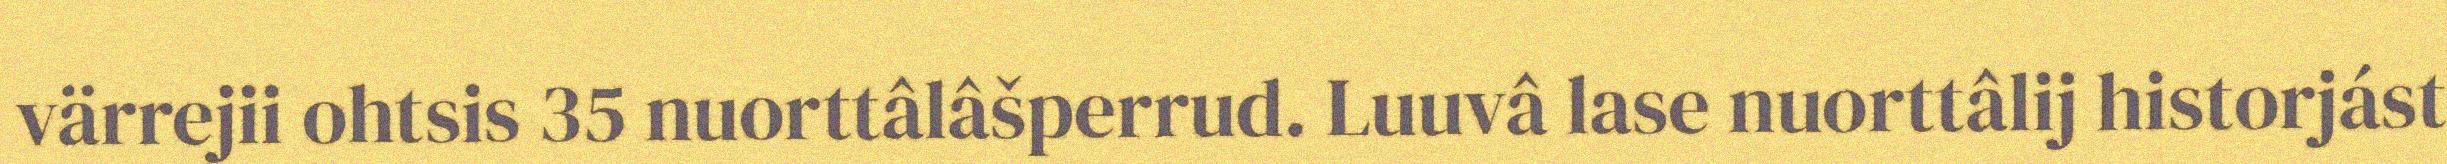
värrejii ohtsis 35 nuorttâlâšperrud. Luuvâ lase nuorttâlij historjást